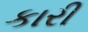
કારી